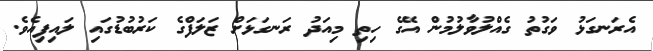
އެރަނގަޅު ވަގުތު ގެއްލުވާލުމުން އޭގެ ހިތި މިއަދު ރަނގަޅަށް ޒަލަފްގެ ކަރުބުޑުގައި ލައިފިއެވެ.